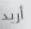
أريد